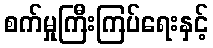
စက်မှုကြီးကြပ်ရေးနှင့်